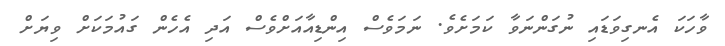
ވާހަކަ އެނގިވަޑައި ނުގަންނަވާ ކަމަށެވެ. ނަމަވެސް އިންޑިއާއަށްވެސް އަދި އެހެން ގައުމަކަށް ވިޔަށް